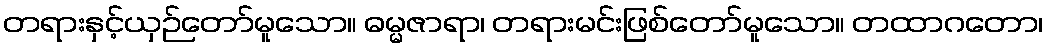
တရားနှင့်ယှဉ်တော်မူသော။ ဓမ္မဇာရာ၊ တရားမင်းဖြစ်တော်မူသော။ တထာဂတော၊